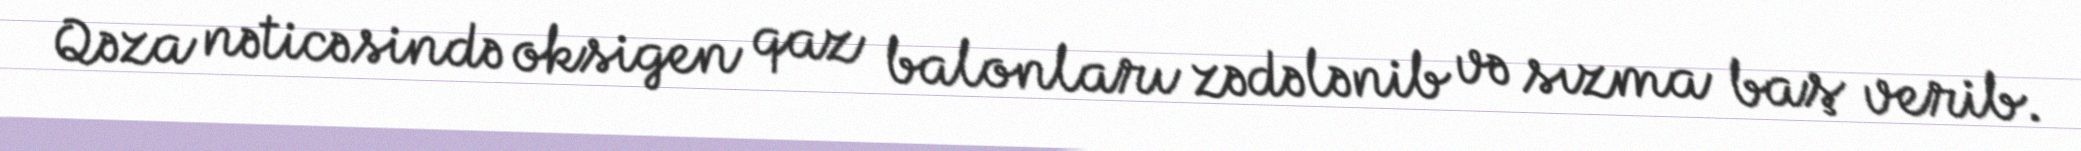
Qəza nəticəsində oksigen qaz balonları zədələnib və sızma baş verib.